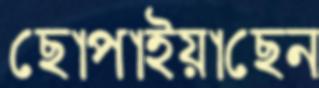
ছোপাইয়াছেন